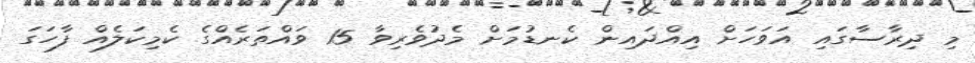
މި ދިރާސާގައި އަވަހަށް އިއްދައިން ކެނޑުމަށް މެދުވެރިވާ 15 ވައްތަރެއްގެ ކެމިކަލެއް ފާހަގަ